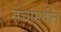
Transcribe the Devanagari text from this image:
संचांमधील